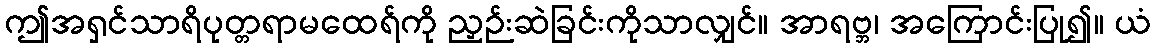
ဤအရှင်သာရိပုတ္တရာမထေရ်ကို ညှဉ်းဆဲခြင်းကိုသာလျှင်။ အာရဗ္ဘ၊ အကြောင်းပြု၍။ ယံ